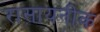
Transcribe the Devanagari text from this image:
रासायनीक